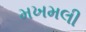
મખમલી